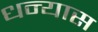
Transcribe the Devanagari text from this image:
धन्यास